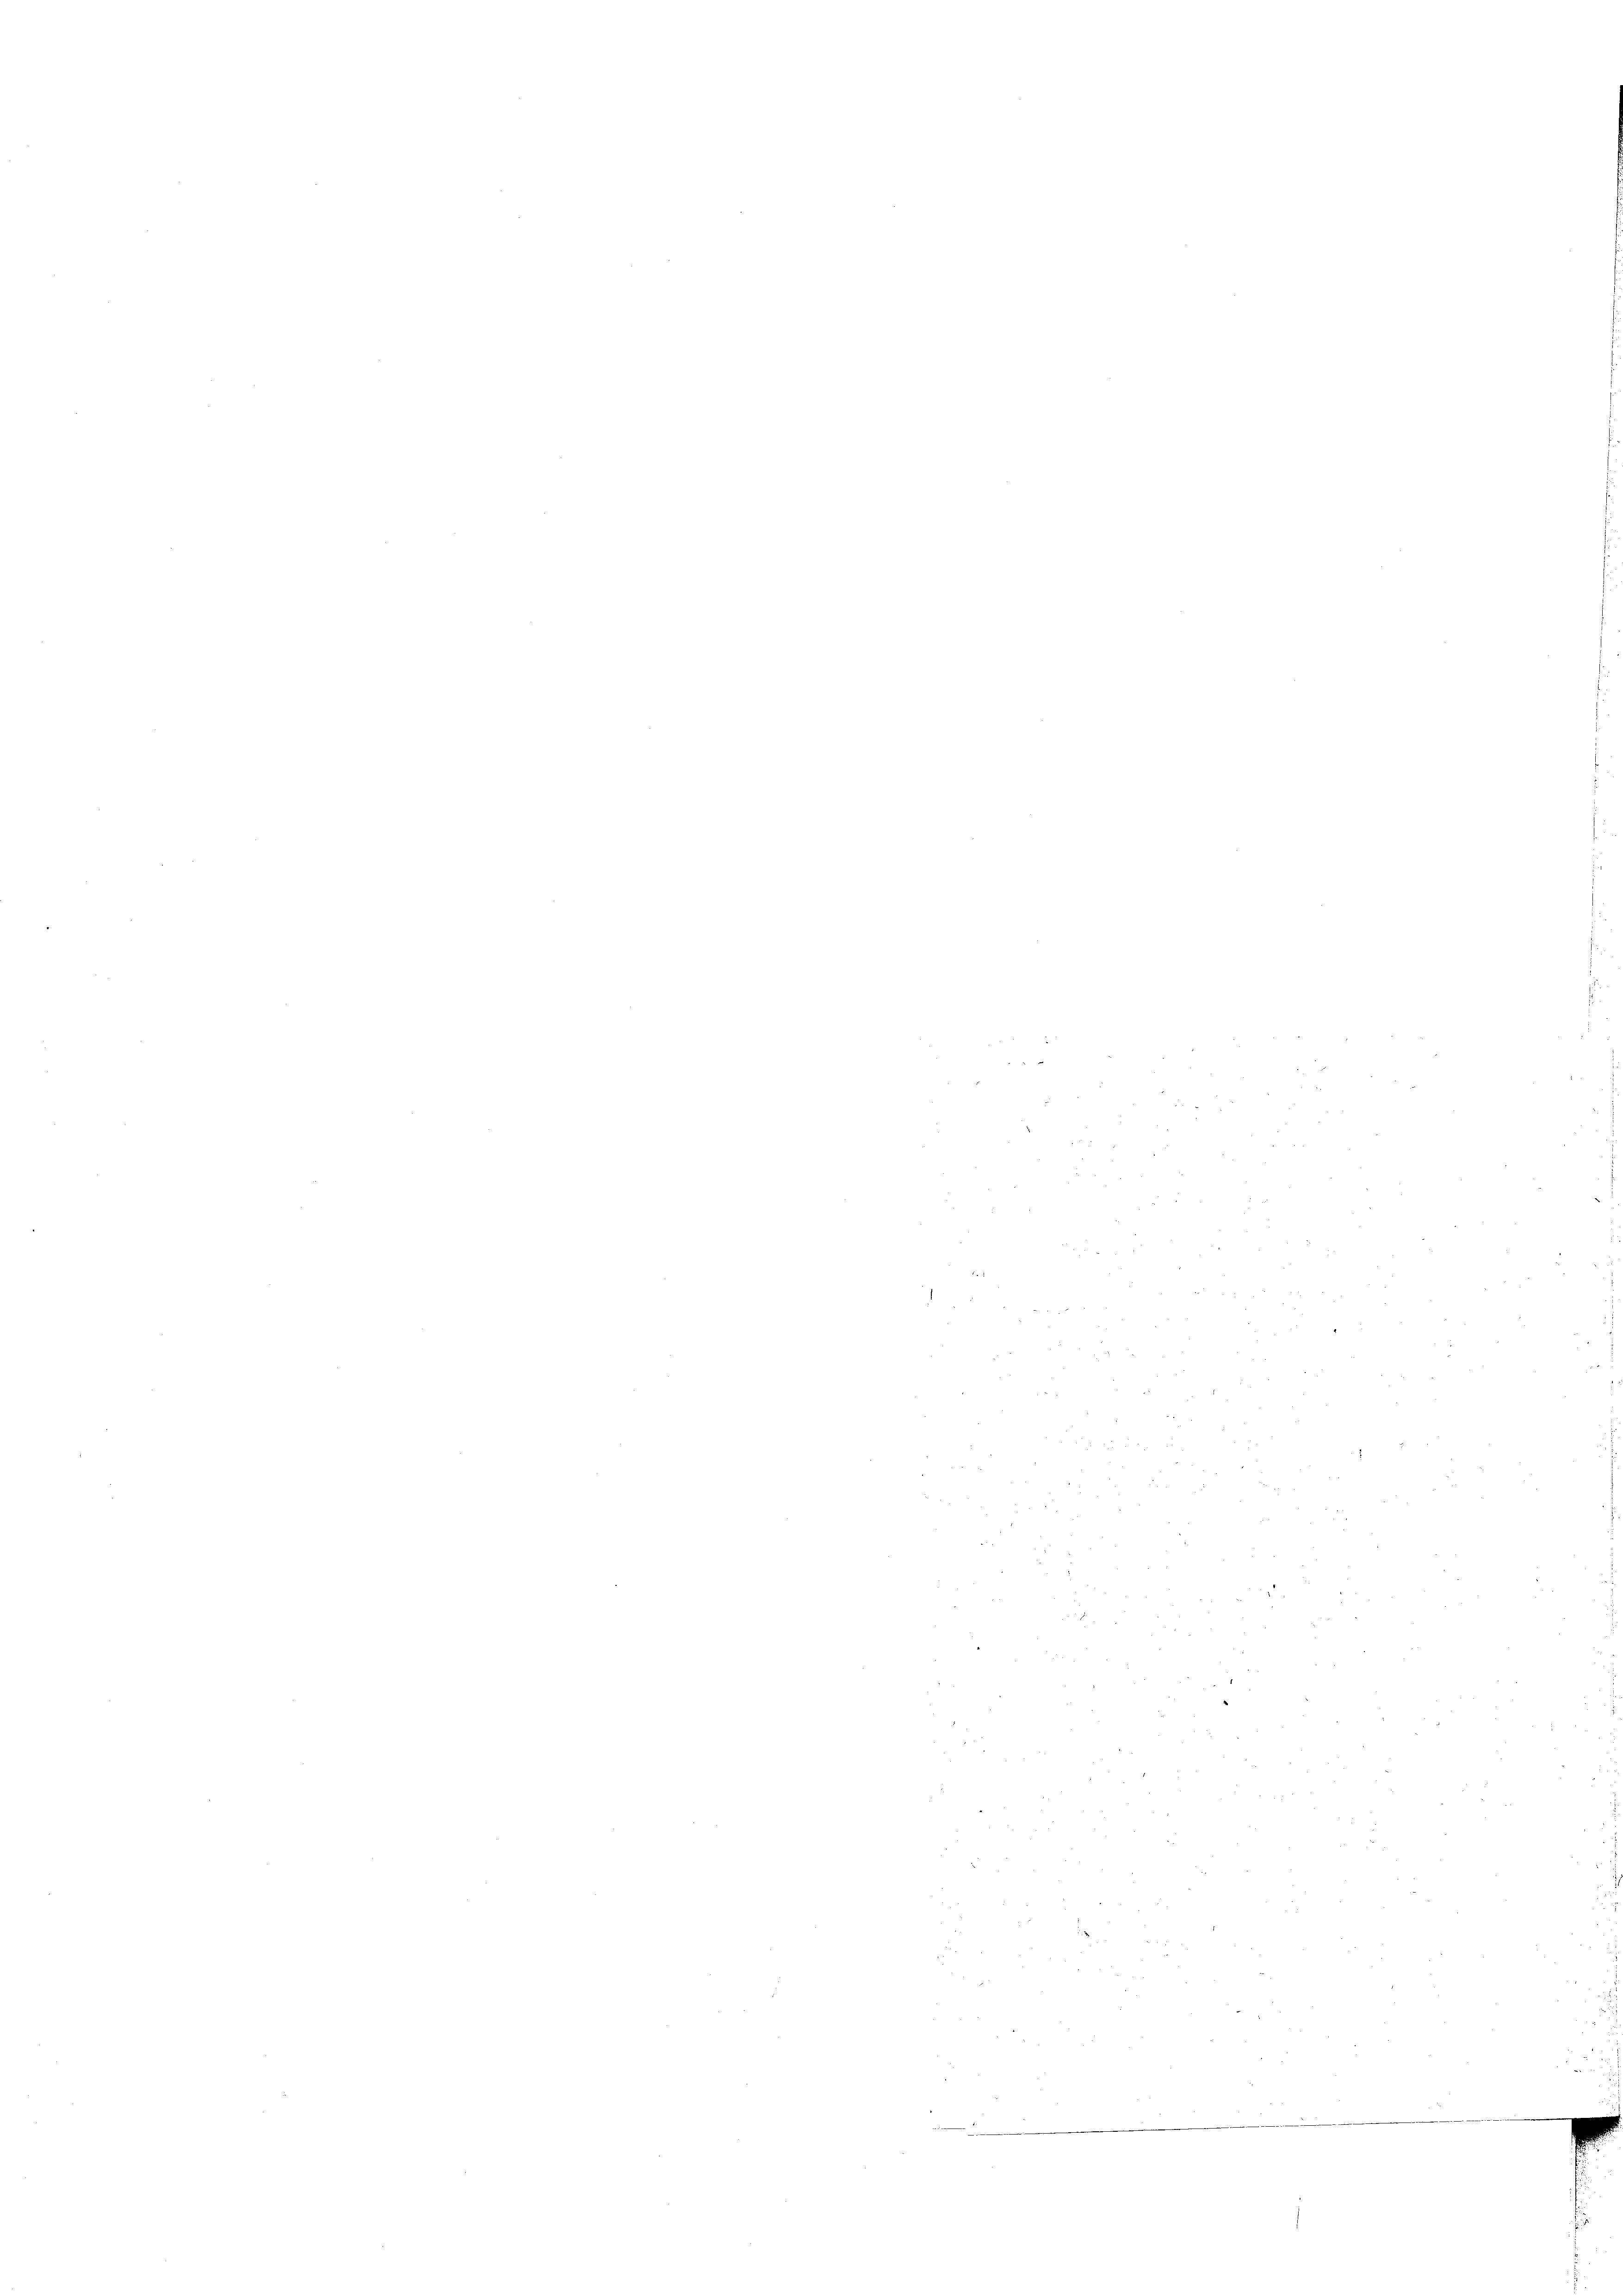
2
e
.
e

e
5

e
.
8 000
22

e

2 25 f 24
5
 19

p
n
.
2
2
e
e
.
 4
2
5
.
2
2
e

2
.
e
.
2
een den in den mich mit der in den den in den wir war in an dich in wo die ich in wenn der ein gut u. war wie mit der am 11 Man die 200